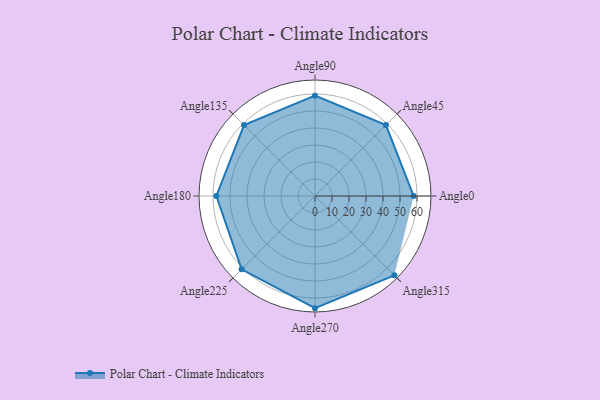
{"axis": {"x": "Angle", "y": "Radius"}, "legend": [""], "data": [{"x": "Angle0", "y": 58.0, "type": ""}, {"x": "Angle45", "y": 59.0, "type": ""}, {"x": "Angle90", "y": 59.0, "type": ""}, {"x": "Angle135", "y": 59.0, "type": ""}, {"x": "Angle180", "y": 58.0, "type": ""}, {"x": "Angle225", "y": 61.0, "type": ""}, {"x": "Angle270", "y": 66.0, "type": ""}, {"x": "Angle315", "y": 66.0, "type": ""}]}